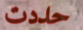
حددت